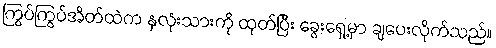
ကြွပ်ကြွပ်အိတ်ထဲက နှလုံးသားကို ထုတ်ပြီး ခွေးရှေ့မှာ ချပေးလိုက်သည်။